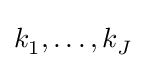
k_{1}^{},\dots ,k_{J}^{}